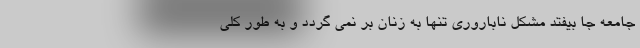
جامعه جا بیفتد مشکل ناباروری تنها به زنان بر نمی گردد و به طور کلی